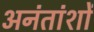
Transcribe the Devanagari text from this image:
अनंतांशों